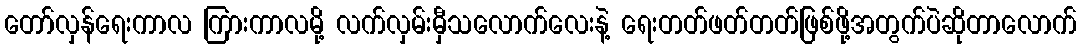
တော်လှန်ရေးကာလ ကြားကာလမို့ လက်လှမ်းမှီသလောက်လေးနဲ့ ရေးတတ်ဖတ်တတ်ဖြစ်ဖို့အတွက်ပဲဆိုတာလောက်